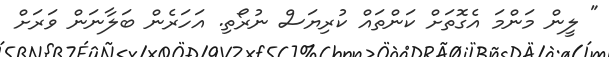
" ލީން މަންމަ އެގޮތަށް ކަންތައް ކުރިޔަސް ނުރޯތި. އަހަރެން ބަލާނަން ވަރަށް